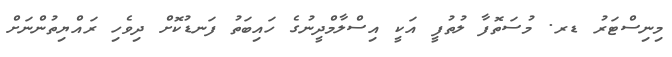
މިނިސްޓަރު ޑރ. މުސަތޮފާ ލުތުފީ އަކީ އިސްލާމްދީނުގެ ހައިބަތު ފަނޑުކޮށް ދިވެހި ރައްޔިތުންނަށް